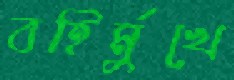
বহির্মুখে